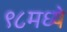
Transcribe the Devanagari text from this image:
९८मध्ये